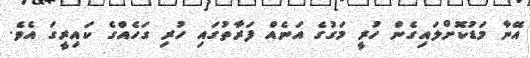
އޭނާ މަޑުކޮށްލައިގެން ހުރީ މަގުގެ އަނެއް ފަރާތުގައި ހުރި ގަހެއްގެ ކައިރީގަ އެވެ.